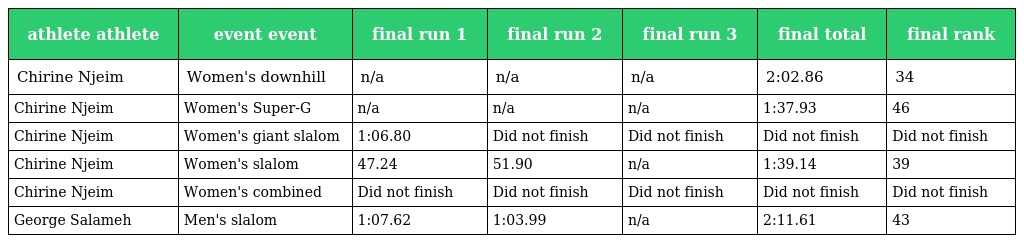
| athlete athlete | event event | final run 1 | final run 2 | final run 3 | final total | final rank |
 | --- | --- | --- | --- | --- | --- | --- |
 | Chirine Njeim | Women's downhill | n/a | n/a | n/a | 2:02.86 | 34 |
 | Chirine Njeim | Women's Super-G | n/a | n/a | n/a | 1:37.93 | 46 |
 | Chirine Njeim | Women's giant slalom | 1:06.80 | Did not finish | Did not finish | Did not finish | Did not finish |
 | Chirine Njeim | Women's slalom | 47.24 | 51.90 | n/a | 1:39.14 | 39 |
 | Chirine Njeim | Women's combined | Did not finish | Did not finish | Did not finish | Did not finish | Did not finish |
 | George Salameh | Men's slalom | 1:07.62 | 1:03.99 | n/a | 2:11.61 | 43 |